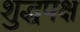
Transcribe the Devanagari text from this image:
शुद्धपक्ष